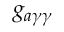
g _ { a \gamma \gamma }